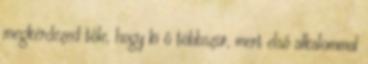
megkérdezed tőle, hogy ki ő többször, mert első alkalommal